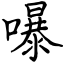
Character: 嚗